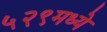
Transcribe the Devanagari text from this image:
५२९मध्ये